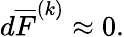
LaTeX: d\overline{{{F}}}^{(k)}\approx 0.